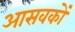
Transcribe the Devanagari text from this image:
आसवकों